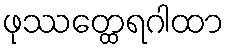
ဖုဿတ္ထေရဂါထာ